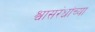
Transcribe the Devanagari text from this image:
श्वासरंध्रांच्या